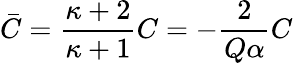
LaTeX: \bar{C}=\frac{\kappa+2}{\kappa+1}C=-\frac{2}{Q\alpha}C